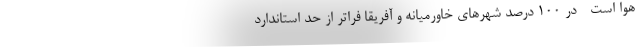
هوا است - در ۱۰۰ درصد شهرهای خاورمیانه و آفریقا فراتر از حد استاندارد